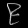
Digit: ၉